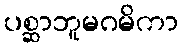
ပစ္ဆာဘူမဂမိကာ